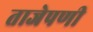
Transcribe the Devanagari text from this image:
ताजेपणी